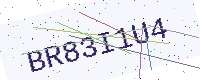
Text: BR83I1U4